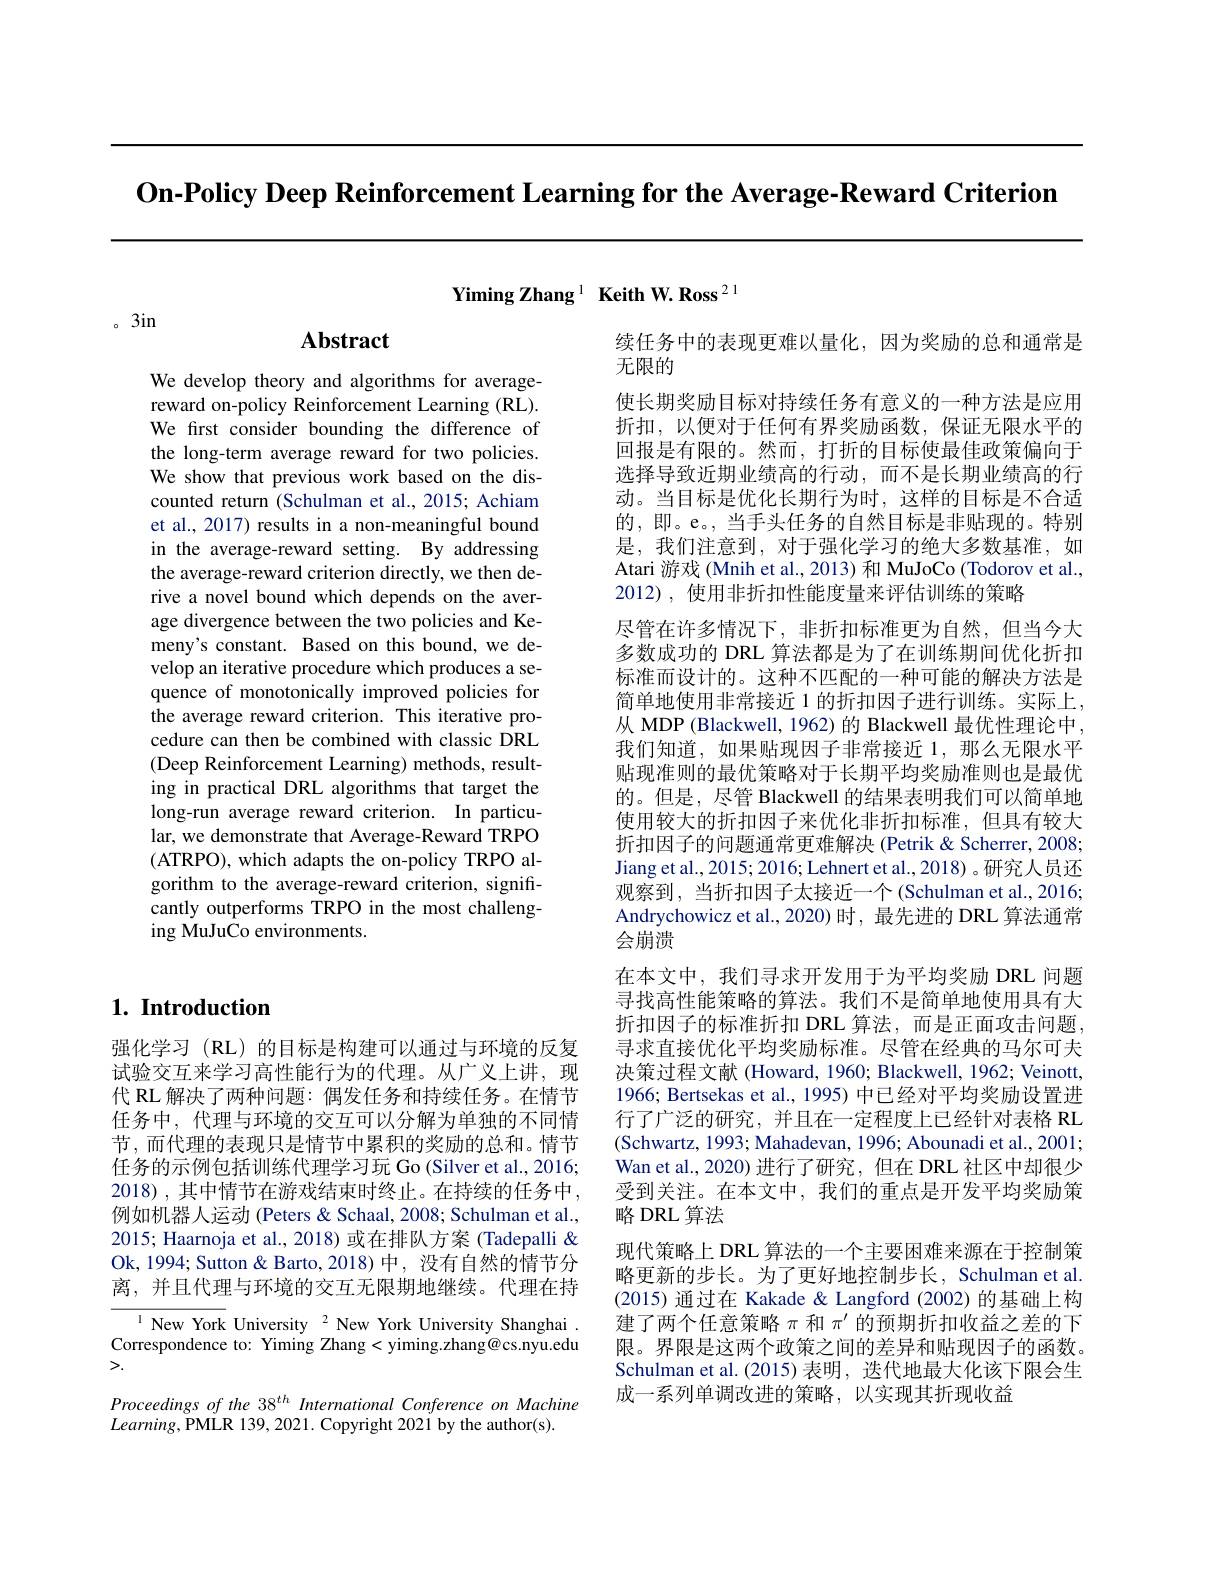
$\textbf{On- Policy Deep Reinforcement Learning for the Average- Reward Criterion}$

$\mathrm{YimingZhang}^{1}$ Keith W.Ross$^21$

。3in

## $1. \textbf{ Introduction}$

强化学习(RL)的目标是构建可以通过与环境的反复试验交互来学习高性能行为的代理。从广义上讲，现代 RL 解决了两种问题：偶发任务和持续任务。在情节任务中，代理与环境的交互可以分解为单独的不同情节，而代理的表现只是情节中累积的奖励的总和。情节任务的示例包括训练代理学习玩 Go (Silver et al., 2016; 2018),其中情节在游戏结束时终止。在持续的任务中， 例如机器人运动 (Peters & Schaal, 2008; Schulman et al., 2015; Haarnoja et al., 2018) 或在排队方案 (Tadepalli& Ok, 1994; Sutton & Barto, 2018) 中，没有自然的情节分离，并且代理与环境的交互无限期地继续。代理在持
$^{1}$ New York University $^{2}$ New York University Shanghai Correspondence to: Yiming Zhang <yiming.zhang@cs.nyu.edu >.
Proceedings of the 38 th International Conference on Machine
$Learning$,PMLR 139,2021.Copyright 2021by the author(s).

# Abstract

We develop theory and algorithms for averagereward on-policy Reinforcement Learning (RL). We first consider bounding the difference of the long-term average reward for two policies. We show that previous work based on the discounted return (Schulman et al., 2015; Achiam et al., 2017) results in a non-meaningful bound in the average-reward setting. By addressing the average-reward criterion directly, we then derive a novel bound which depends on the average divergence between the two policies and Kemeny's constant. Based on this bound, we develop an iterative procedure which produces a sequence of monotonically improved policies for the average reward criterion. This iterative procedure can then be combined with classic DRL (Deep Reinforcement Learning) methods, resulting in practical DRL algorithms that target the long-run average reward criterion. In particular, we demonstrate that Average-Reward TRPO (ATRPO), which adapts the on-policy TRPO algorithm to the average-reward criterion, significantly outperforms TRPO in the most challenging MuJuCo environments.

续任务中的表现更难以量化，因为奖励的总和通常是
无限的
使长期奖励目标对持续任务有意义的一种方法是应用折扣，以便对于任何有界奖励函数，保证无限水平的回报是有限的。然而，打折的目标使最佳政策偏向于选择导致近期业绩高的行动，而不是长期业绩高的行动。当目标是优化长期行为时，这样的目标是不合适的，即。e。, 当手头任务的自然目标是非贴现的。特别是，我们注意到，对于强化学习的绝大多数基准，如Atari 游戏 (Mnih et al., 2013) 和 MuJoCo (Todorov et al., 2012), 使用非折扣性能度量来评估训练的策略
尽管在许多情况下，非折扣标准更为自然，但当今大多数成功的 DRL 算法都是为了在训练期间优化折扣标准而设计的。这种不匹配的一种可能的解决方法是简单地使用非常接近 1 的折扣因子进行训练。实际上， 从 MDP (Blackwell, 1962) 的 Blackwell 最优性理论中， 我们知道，如果贴现因子非常接近 1,那么无限水平贴现准则的最优策略对于长期平均奖励准则也是最优的。但是，尽管 Blackwell 的结果表明我们可以简单地使用较大的折扣因子来优化非折扣标准，但具有较大折扣因子的问题通常更难解决 (Petrik & Scherrer, 2008; Jiang et al., 2015; 2016; Lehnert et al., 2018) 。研究人员还观察到，当折扣因子太接近一个(Schulman et al.,2016; Andrychowicz et al.,2020) 时，最先进的 DRL 算法通常会崩溃
在本文中，我们寻求开发用于为平均奖励 DRL 问题寻找高性能策略的算法。我们不是简单地使用具有大折扣因子的标准折扣 DRL 算法，而是正面攻击问题寻求直接优化平均奖励标准。尽管在经典的马尔可夫决策过程文献 (Howard, 1960; Blackwell, 1962; Veinott, 1966; Bertsekas et al., 1995) 中已经对平均奖励设置进行了广泛的研究，并且在一定程度上已经针对表格 RL (Schwartz, 1993; Mahadevan, 1996; Abounadi et al., 2001; Wan et al., 2020) 进行了研究，但在 DRL 社区中却很少受到关注。在本文中，我们的重点是开发平均奖励策略 DRL 算法
现代策略上 DRL 算法的一个主要困难来源在于控制策略更新的步长。为了更好地控制步长，Schulman et al. (2015) 通过在 Kakade & Langford (2002) 的基础上构建了两个任意策略$\pi$和$\pi^\prime$的预期折扣收益之差的下限。界限是这两个政策之间的差异和贴现因子的函数。Schulman et al.(2015)表明，迭代地最大化该下限会生成一系列单调改进的策略，以实现其折现收益